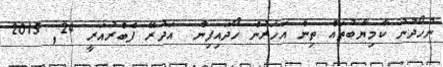
ނުހޯދުނު ކާމިޔާބުތައް ތިން އަހަރުން ހޯދައިފިން  އަދުރޭ ފެބްރުއަރީ 24